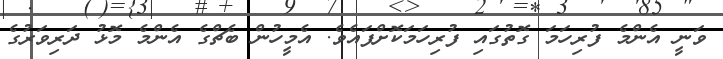
ވަނީ އެންމެ ފުރިހަމަ ގޮތުގައި ފުރިހަމަކޮށްފައެވެ. އެމީހުން ބެޗްގެ އެންމެ މޮޅު ދަރިވަރުގެ